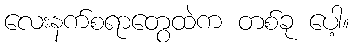
လေးနက်စရာတွေထဲက တစ်ခု ပေါ့။